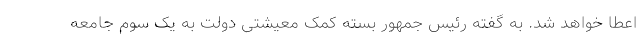
اعطا خواهد شد. به گفته رئیس جمهور بسته کمک معیشتی دولت به یک سوم جامعه